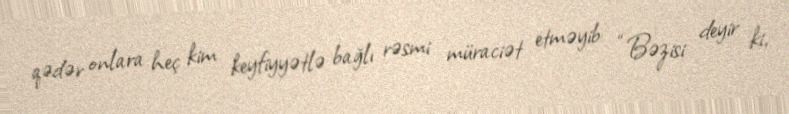
qədər onlara heç kim keyfiyyətlə bağlı rəsmi müraciət etməyib: “Bəzisi deyir ki,